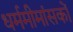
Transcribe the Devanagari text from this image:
धर्ममीमांसकों